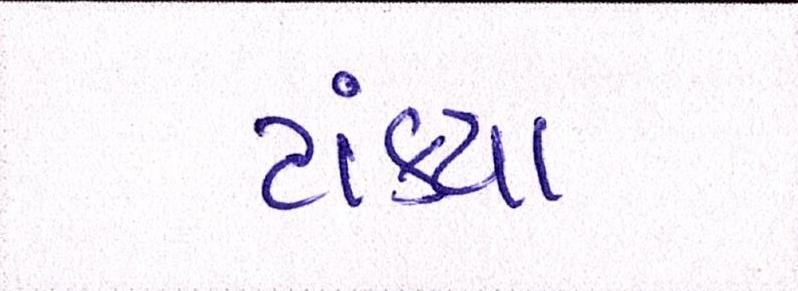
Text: ટાંક્યા